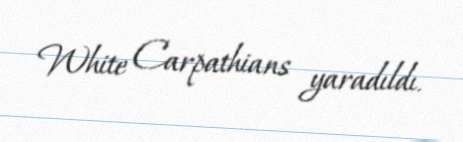
White Carpathians yaradıldı.